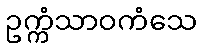
ဥက္ကံသာဝကံသေ